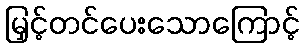
မြှင့်တင်ပေးသောကြောင့်